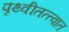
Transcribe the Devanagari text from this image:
पृथ्वीतत्त्वात